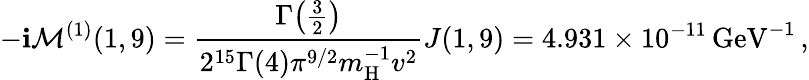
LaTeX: -\mathbf{i}\mathcal{{M}}^{(1)}(1,9)=\frac{{\Gamma\big(\frac{{3}}{{2}}\big)}}{{2^{15}\Gamma(4)\pi^{9/2}m_{\mathrm{{H}}}^{-1}v^{2}}}J(1,9)=4.931\times10^{-11}\, \mathrm{{GeV}}^{-1}\, ,